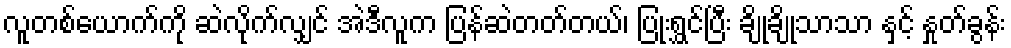
လူတစ်ယောက်ကို ဆဲလိုက်လျှင် အဲဒီလူက ပြန်ဆဲတတ်တယ်၊ ပြုံးရွှင်ပြီး ချိုချိုသာသာ နှင့် နှုတ်ခွန်း